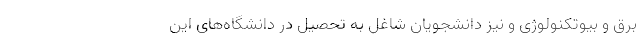
برق و بیوتکنولوژی و نیز دانشجویان شاغل به تحصیل در دانشگاه‌های این